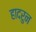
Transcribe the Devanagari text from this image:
हादरुन